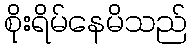
စိုးရိမ်နေမိသည်